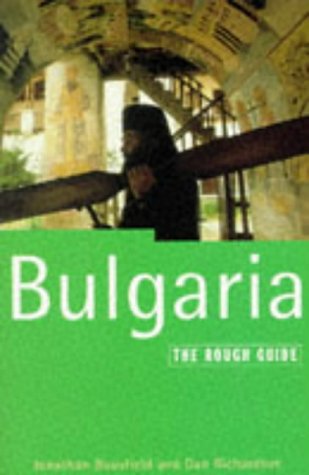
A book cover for Bulgaria: The Rough Guide, Second Edition (2nd ed); Jonathan Bousfield; Travel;